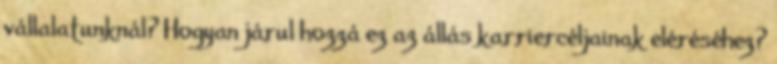
vállalatunknál? Hogyan járul hozzá ez az állás karriercéljainak eléréséhez?